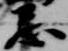
忌